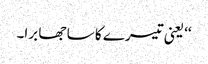
‘‘ یعنی تیسرے کا سا جھا برا۔